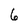
Character: 6